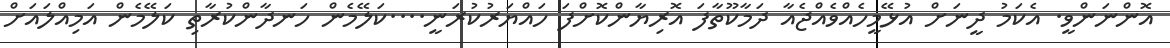
އޮންނަންވީ. އެކަމު ދީނަށް އުޅޭމީހެއްވެއްޖެއާ ދަމާކޫތާފަ އޮރިޔާންކޮށްފަ ހައްޔަރުކުރަނީ....ކަލޭމެން ހަނދާންކުރާތި ކަލޭމެން އަމިއްލައަށް